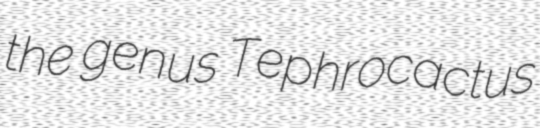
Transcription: the genus Tephrocactus